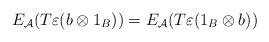
LaTeX: \begin{align*}E_{\mathcal{A}}(T\varepsilon(b \otimes 1_B)) = E_{\mathcal{A}}(T\varepsilon(1_B \otimes b))\end{align*}